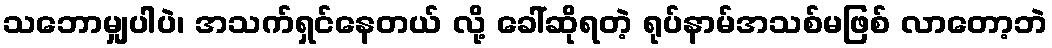
သဘောမျှပါပဲ၊ အသက်ရှင်နေတယ် လို့ ခေါ်ဆိုရတဲ့ ရုပ်နာမ်အသစ်မဖြစ် လာတော့ဘဲ